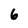
Character: 6